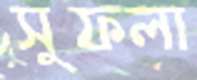
সুফলা